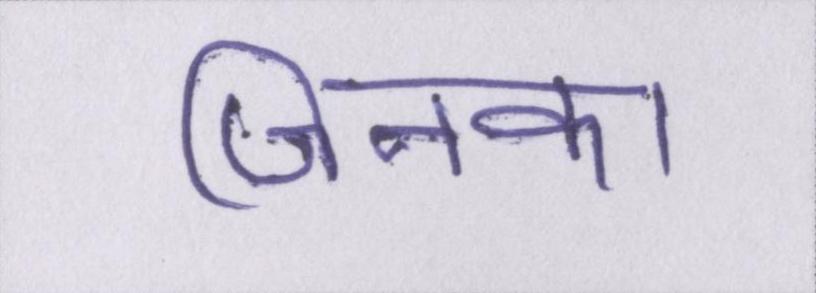
जिनका